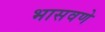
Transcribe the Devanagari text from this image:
भासवणे